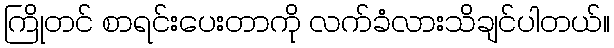
ကြိုတင် စာရင်းပေးတာကို လက်ခံလားသိချင်ပါတယ်။